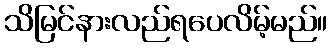
သိမြင်နားလည်ရပေလိမ့်မည်။